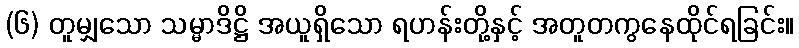
(၆) တူမျှသော သမ္မာဒိဋ္ဌိ အယူရှိသော ရဟန်းတို့နှင့် အတူတကွနေထိုင်ရခြင်း။